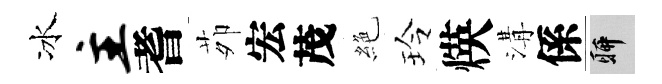
冰主耆茆宏茂絶玲煐溝係聊